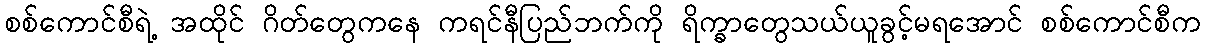
စစ်ကောင်စီရဲ့ အထိုင် ဂိတ်တွေကနေ ကရင်နီပြည်ဘက်ကို ရိက္ခာတွေသယ်ယူခွင့်မရအောင် စစ်ကောင်စီက